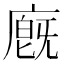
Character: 廐